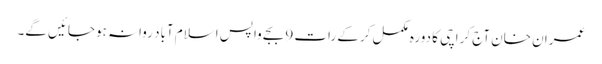
عمران خان آج کراچی کا دورہ مکمل کرکے رات 9 بجے واپس اسلام آباد روانہ ہوجائیں گے۔